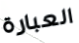
العبارة